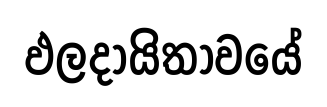
ඵලදායිතාවයේ